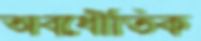
অবধৌতিক